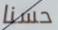
حسنا